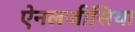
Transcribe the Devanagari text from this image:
ऐनलजीसिया